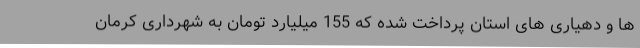
ها و دهیاری های استان پرداخت شده که 155 میلیارد تومان به شهرداری کرمان